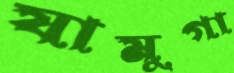
যামুগা